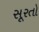
સૂરતો